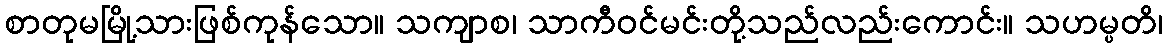
စာတုမမြို့သားဖြစ်ကုန်သော။ သကျာစ၊ သာကီဝင်မင်းတို့သည်လည်းကောင်း။ သဟမ္ပတိ၊